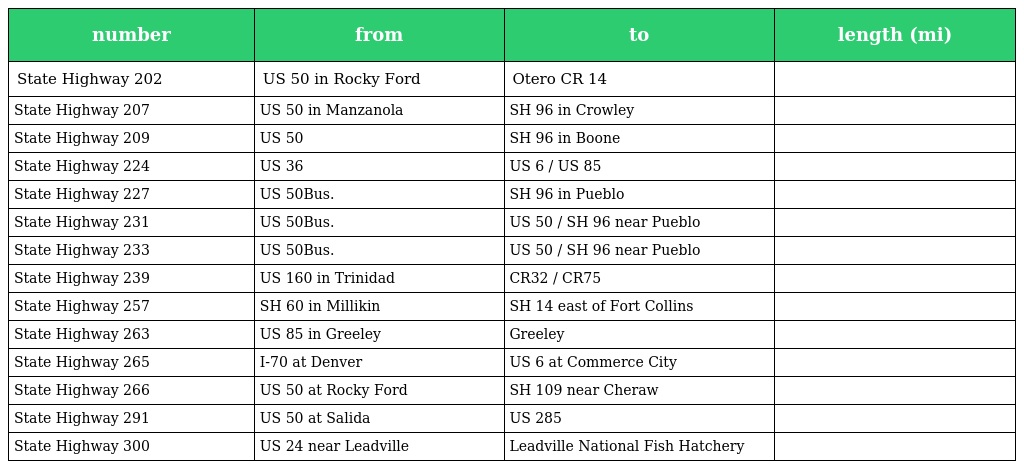
| number | from | to | length (mi) |
 | --- | --- | --- | --- |
 | State Highway 202 | US 50 in Rocky Ford | Otero CR 14 |  |
 | State Highway 207 | US 50 in Manzanola | SH 96 in Crowley |  |
 | State Highway 209 | US 50 | SH 96 in Boone |  |
 | State Highway 224 | US 36 | US 6 / US 85 |  |
 | State Highway 227 | US 50Bus. | SH 96 in Pueblo |  |
 | State Highway 231 | US 50Bus. | US 50 / SH 96 near Pueblo |  |
 | State Highway 233 | US 50Bus. | US 50 / SH 96 near Pueblo |  |
 | State Highway 239 | US 160 in Trinidad | CR32 / CR75 |  |
 | State Highway 257 | SH 60 in Millikin | SH 14 east of Fort Collins |  |
 | State Highway 263 | US 85 in Greeley | Greeley |  |
 | State Highway 265 | I-70 at Denver | US 6 at Commerce City |  |
 | State Highway 266 | US 50 at Rocky Ford | SH 109 near Cheraw |  |
 | State Highway 291 | US 50 at Salida | US 285 |  |
 | State Highway 300 | US 24 near Leadville | Leadville National Fish Hatchery |  |